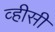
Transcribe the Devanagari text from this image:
व्हीसी